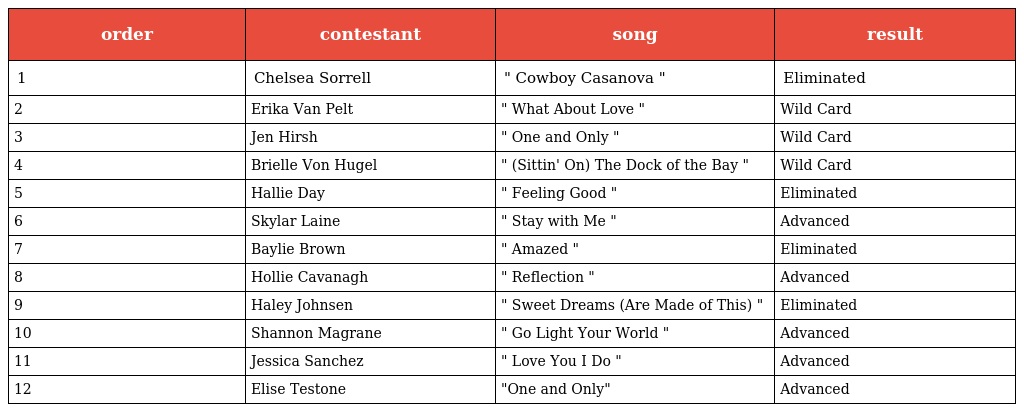
| order | contestant | song | result |
 | --- | --- | --- | --- |
 | 1 | Chelsea Sorrell | " Cowboy Casanova " | Eliminated |
 | 2 | Erika Van Pelt | " What About Love " | Wild Card |
 | 3 | Jen Hirsh | " One and Only " | Wild Card |
 | 4 | Brielle Von Hugel | " (Sittin' On) The Dock of the Bay " | Wild Card |
 | 5 | Hallie Day | " Feeling Good " | Eliminated |
 | 6 | Skylar Laine | " Stay with Me " | Advanced |
 | 7 | Baylie Brown | " Amazed " | Eliminated |
 | 8 | Hollie Cavanagh | " Reflection " | Advanced |
 | 9 | Haley Johnsen | " Sweet Dreams (Are Made of This) " | Eliminated |
 | 10 | Shannon Magrane | " Go Light Your World " | Advanced |
 | 11 | Jessica Sanchez | " Love You I Do " | Advanced |
 | 12 | Elise Testone | "One and Only" | Advanced |